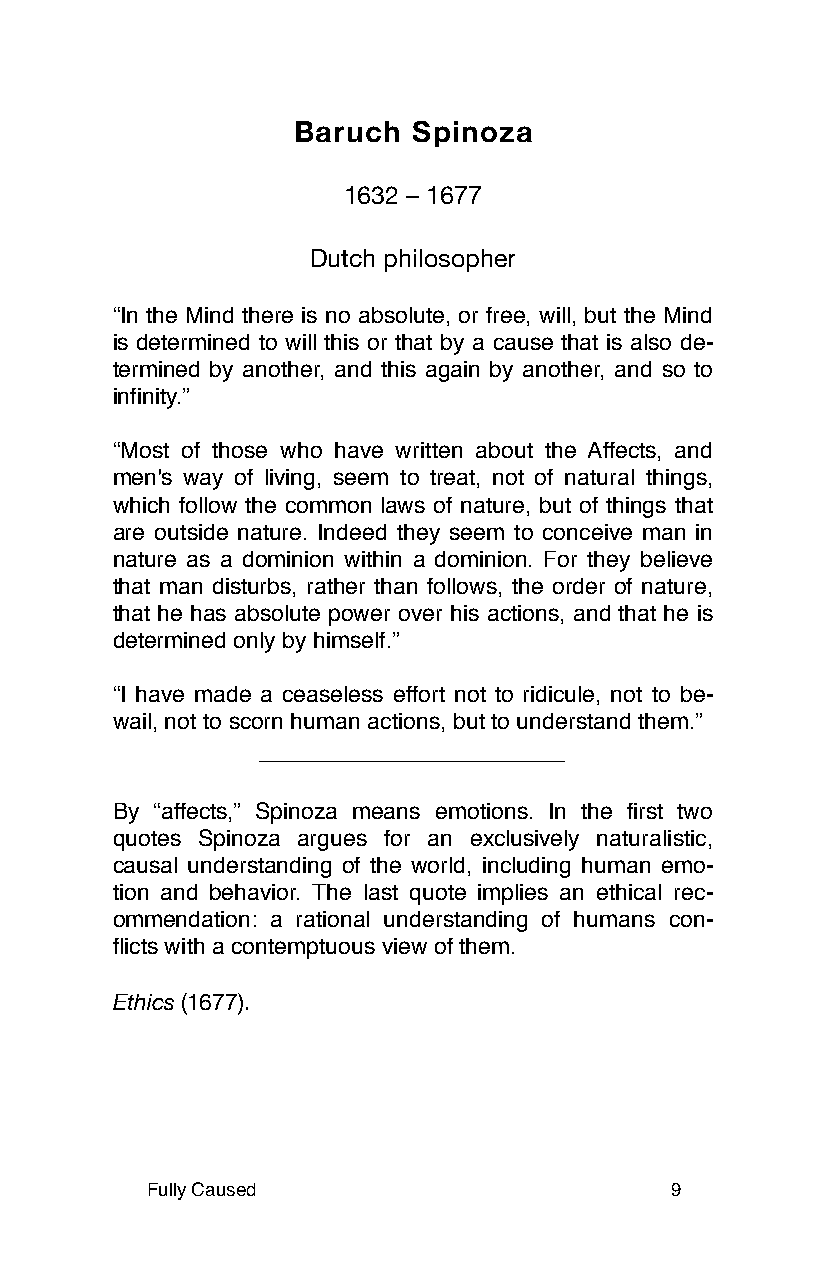
Baruch  Spinoza
 1632 – 1677
 Dutch philosopher
 “In the Mind there is no absolute, or free, will, but the Mind
 is determined to will this or that by a cause that is also de-
 termined by another, and this again by another, and so to
 infinity.”
 “Most of those who have written about the Affects, and
 men's way of living, seem to treat, not of natural things,
 which follow the common laws of nature, but of things that
 are outside nature. Indeed they seem to conceive man in
 nature as a dominion within a dominion. For they believe
 that man disturbs, rather than follows, the order of nature,
 that he has absolute power over his actions, and that he is
 determined only by himself.”
 “I have made a ceaseless effort not to ridicule, not to be-
 wail, not to scorn human actions, but to understand them.”
 By “affects,” Spinoza means emotions. In the first two
 quotes Spinoza argues for an exclusively naturalistic,
 causal understanding of the world, including human emo-
 tion and behavior. The last quote implies an ethical rec-
 ommendation: a rational understanding of humans con-
 flicts with a contemptuous view of them.
 Ethics (1677).
 Fully Caused                      9